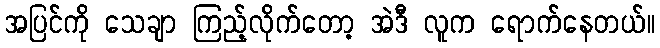
အပြင်ကို သေချာ ကြည့်လိုက်တော့ အဲဒီ လူက ရောက်နေတယ်။